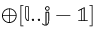
\mathbb { \oplus [ l . . j - 1 ] }